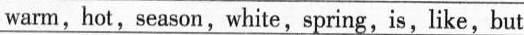
warm, hot,season, white, spring,is, like,but